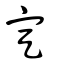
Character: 定